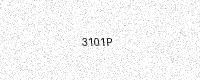
Text: 3101P